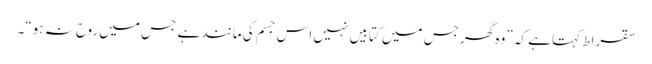
سقراط کہتا ہے کہ ”وہ گھر جس میں کتابیں نہیں اس جسم کی مانند ہے جس میں روح نہ ہو“۔